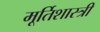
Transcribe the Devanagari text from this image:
मूर्तिशास्त्री